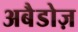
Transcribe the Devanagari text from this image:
अबैडोज़